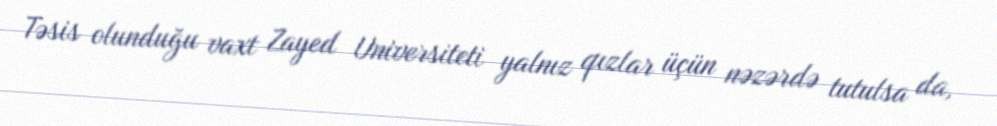
Təsis olunduğu vaxt Zayed Universiteti yalnız qızlar üçün nəzərdə tutulsa da,